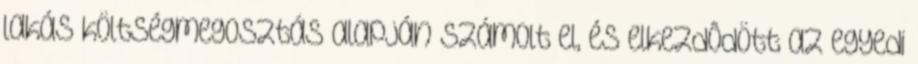
lakás költségmegosztás alapján számolt el, és elkezdôdött az egyedi